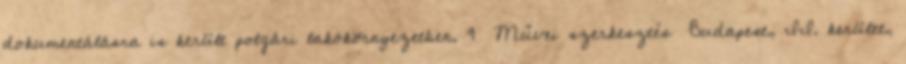
dokumentálásra is került polgári lakókörnyezetben. 9 Művei szerkesztés Budapest, II. kerület,